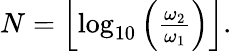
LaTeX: \begin{array}{r}{N=\Bigl\lfloor\log_{10}\left(\frac{\omega_{2}}{\omega_{1}}\right)\Bigl\rfloor.}\end{array}